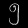
Digit: ၅